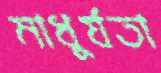
মাধুর্যতা